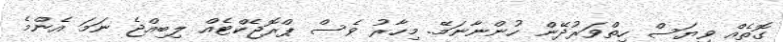
ގޮތެއް ވިޔަސް ހިތްވަރުދޭން ހުންނާނަމޭ. މިހާރު ވެސް ޕްރޮޖެކްޓެއް ލިބިއްޖެ ނަމަ އެންމެ